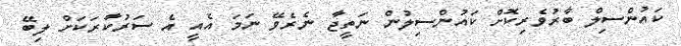
ކައުންސިލް ބާރުވެރިކޮށް ކައުންސިލުން ނަތީޖާ ނެރެވޭ ނަމަ އެއީ އެ ސަރުކާރަކަށް ލިބޭ